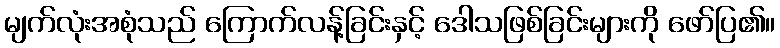
မျက်လုံးအစုံသည် ကြောက်လန့်ခြင်းနှင့် ဒေါသဖြစ်ခြင်းများကို ဖော်ပြ၏။